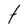
Character: t